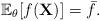
LaTeX: \begin{align*}\mathbb{E}_\theta[f(\textbf{X})] = \bar{f}.\end{align*}